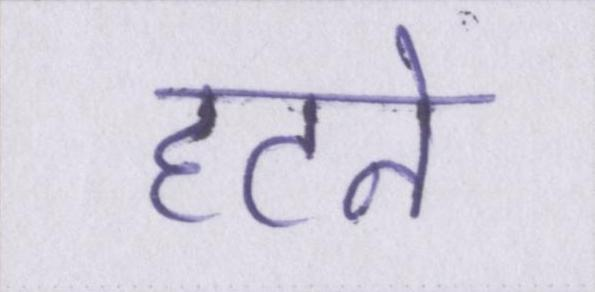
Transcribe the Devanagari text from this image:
हटने